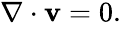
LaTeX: \begin{array}{r}{\nabla\cdot\mathbf{v}=0.}\end{array}